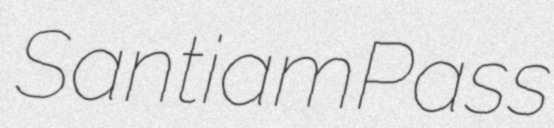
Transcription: Santiam Pass